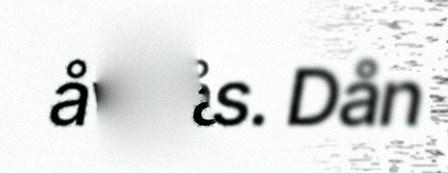
åvdås. Dån